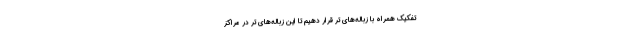
تفکیک همراه با زباله‌های تر قرار دهیم تا این زباله‌های تر در مراکز